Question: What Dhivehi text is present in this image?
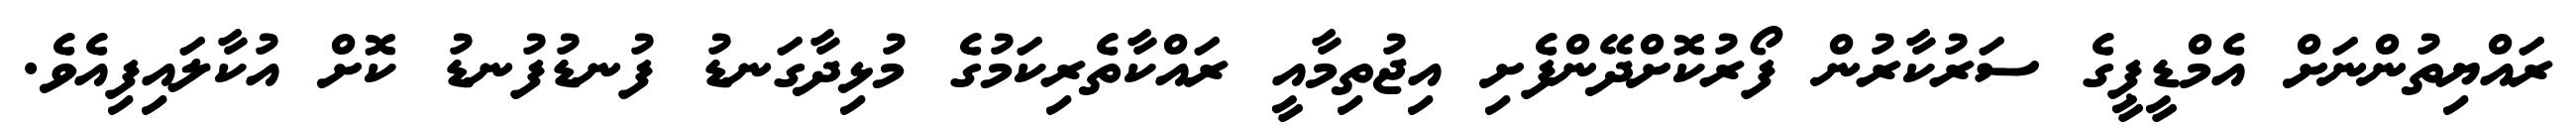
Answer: ރައްޔިތުންނަށް އެމްޑީޕީގެ ސަރުކާރުން ފޯރުކޮށްދޭންފެށި އިޖުތިމާއީ ރައްކާތެރިކަމުގެ މުޅިދާގަނޑު ފުނޑުފުނޑު ކޮށް އުކާލައިފިއެވެ.